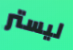
ليستر